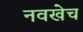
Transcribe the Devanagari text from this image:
नवखेच